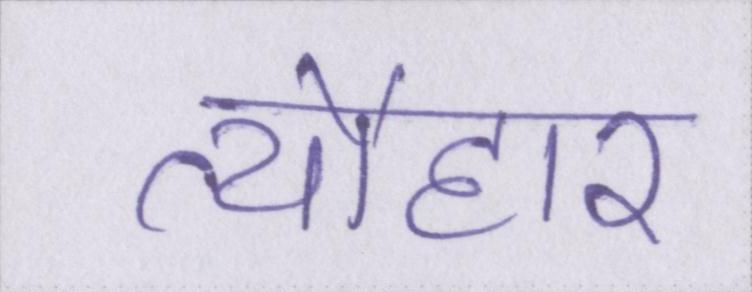
त्यौहार